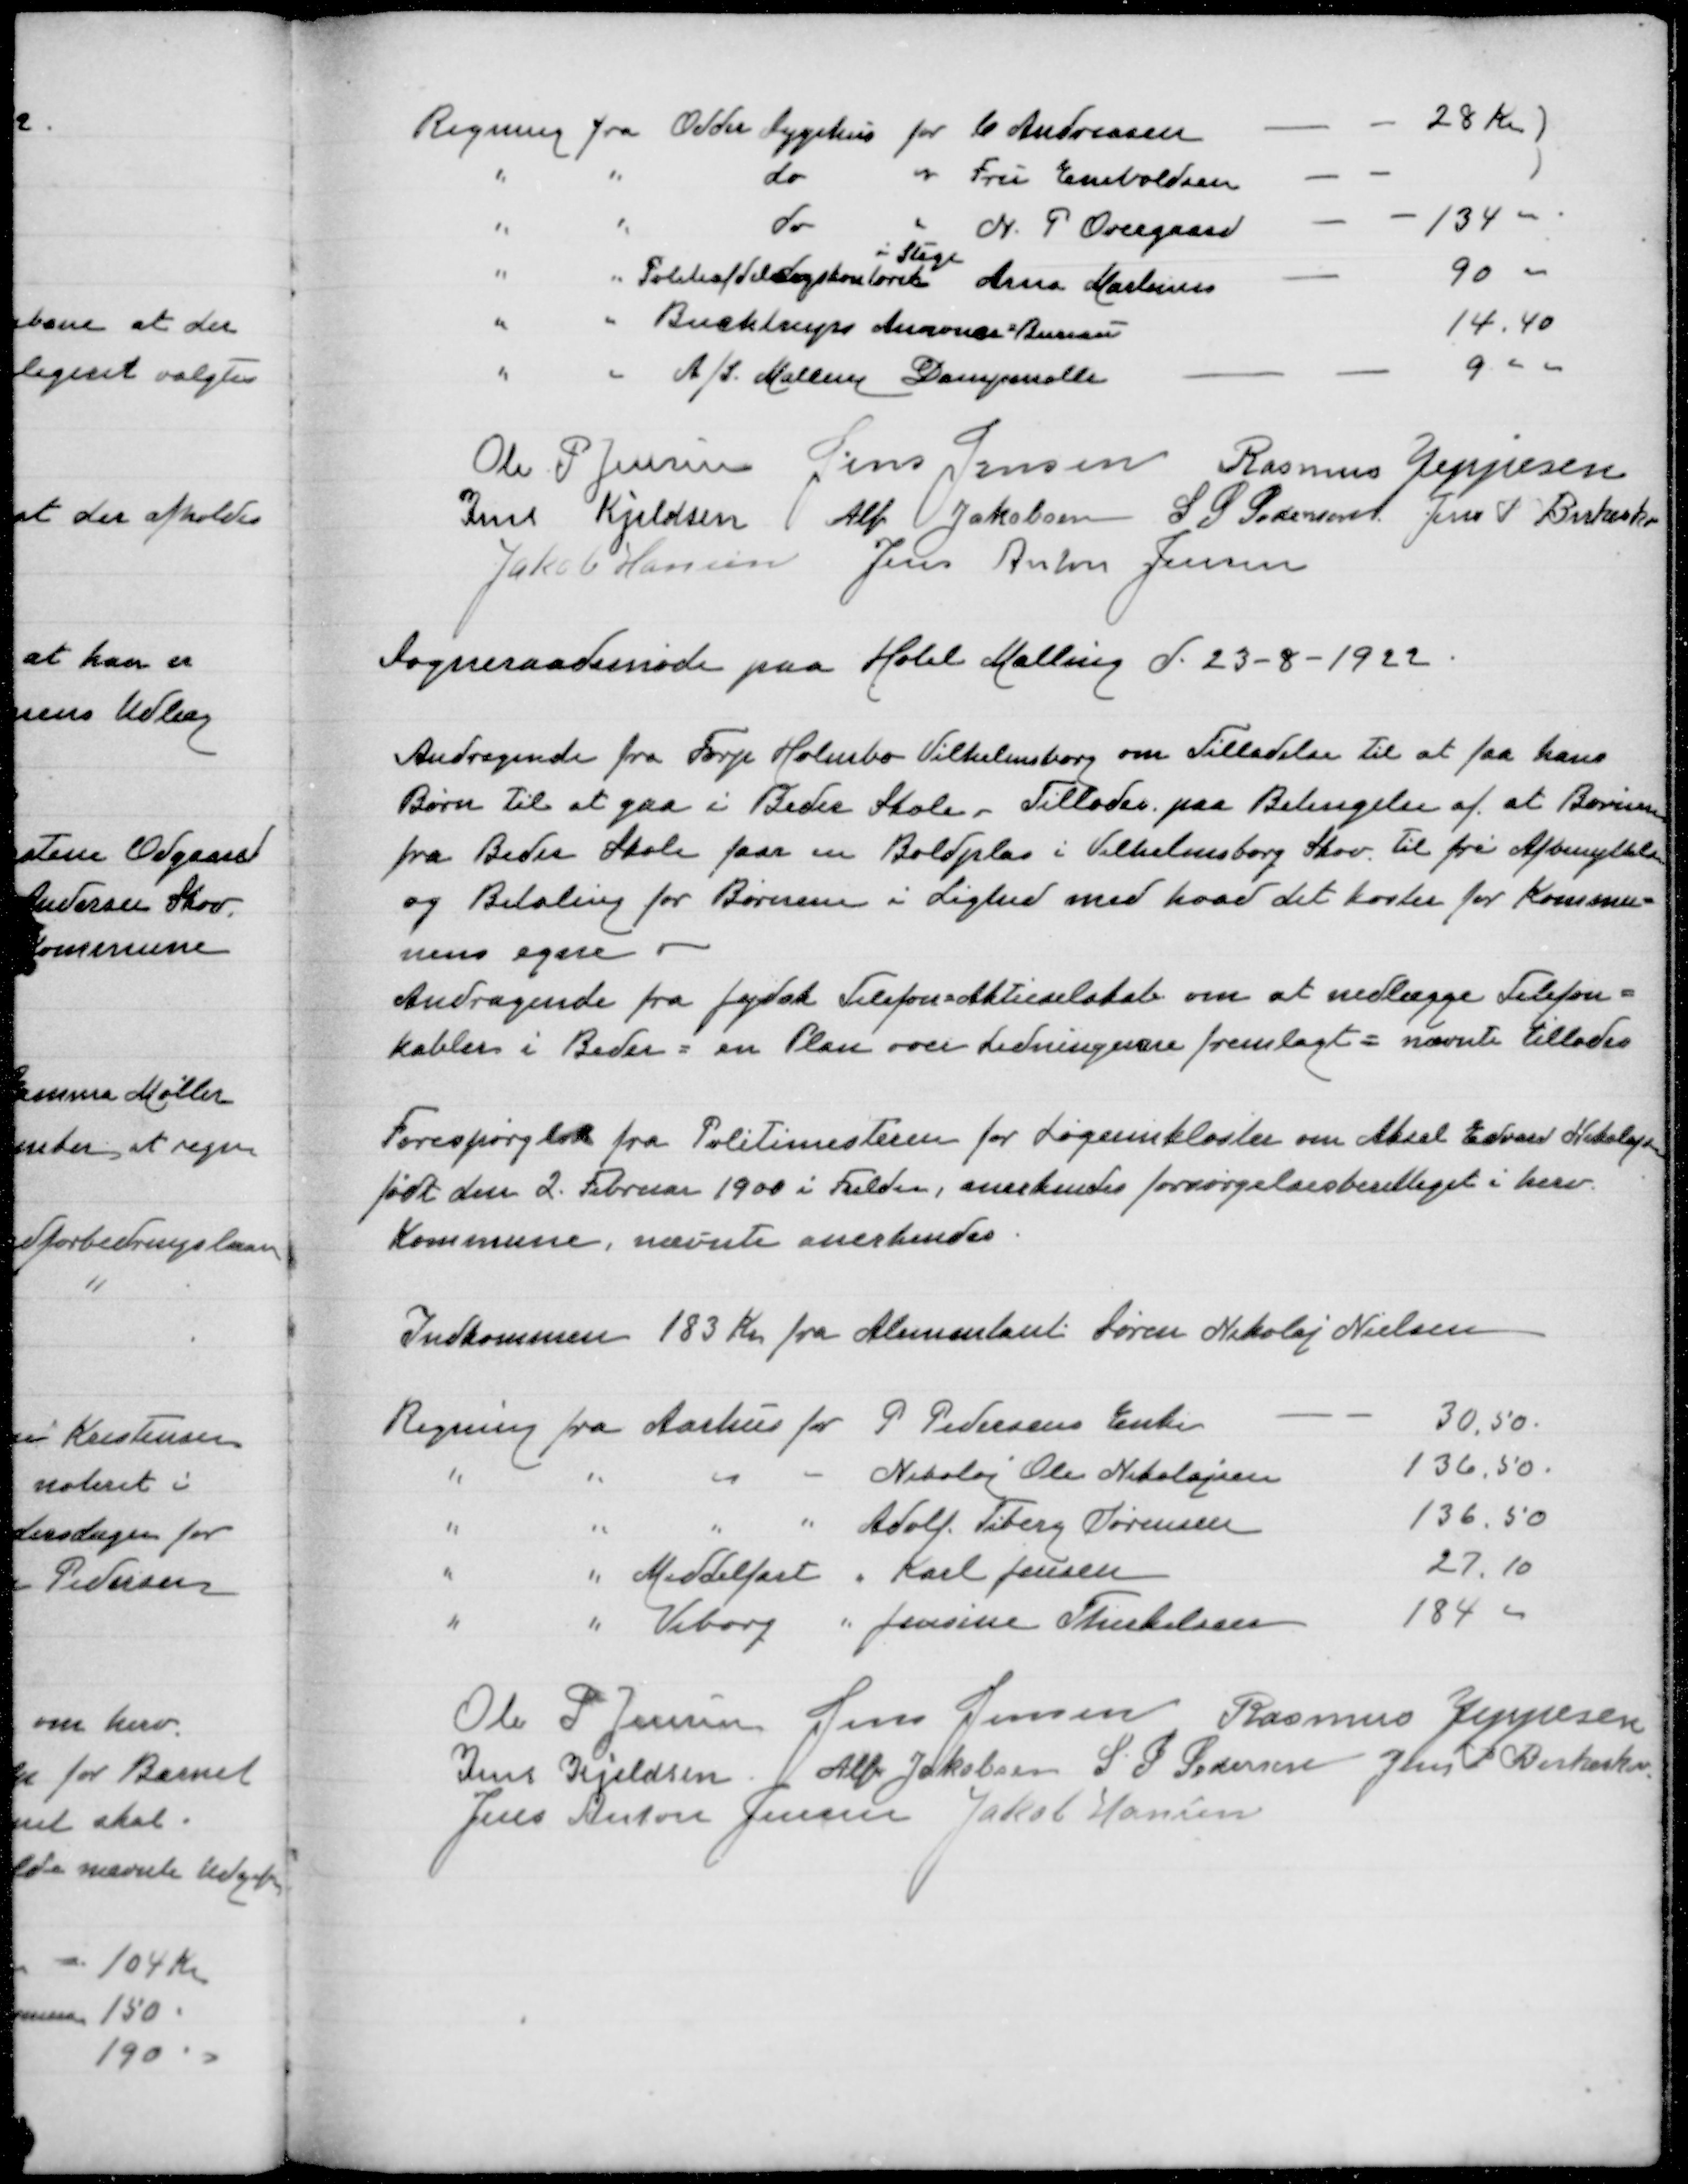
Transskription:
Regning fra Odder Sygehus for C Andreasen
28 Kr
" " do " Fru Enevoldsen
" " do " N P Overgaard
134,00
i Stige
" " Politiafdelingskontoret Arne Martinsen
90,00
" " Bucktrups Annonce-Bureau
14,40
" " A/S Malling Dampmølle
9,00

Ole P Jensen
Jens Jensen
Rasmus Jeppesen
Jens Kjeldsen
Alfr Jakobsen
S P Pedersen
Jens P Birkeskov
Jakob Hansen
Jens Anton Jensen

Sogneraadsmøde paa Hotel Malling d 23-8-1922

Andragende fra Forp Holmbo Vilhelmsborg om Tilladelse til at faa hans
Børn til at gaa i Beder Skole, Tillades paa Betingelse af at Børnene
fra Beder Skole faar en Boldplads i Vilhelmsborg Skov til fri Afbenyttelse
og Betaling for Børnene i Lighed med hvad det koster for Kommu=
nens egne
Andragende fra Jydsk Telefonaktieselskab om at udlægge Telefon=
kabler i Beder = en Plan over Ledningerne fremlagt = nævnte tillades

Forespørgsel fra Politimesteren for Løgumkloster om Aksel Edvard Nikolajsen
født den 2. Februar 1900 i Fulden, anerkendes forsørgelsesberettiget i herv
Kommune, nævnte anerkendes

Indkommen 183 Kr fra Alumenlant Søren Nikolaj Nielsen

Regning fra Aarhus for P Pedersens Enke
30,50
" " " " Nikolaj Ole Nikolajsen
136,50
" " " " Adolf Tiberg Sørensen
136,50
" " Middelfart " Karl Jensen
27,10
" " Viborg " Jensine Therkelsen
184,00

Ole P Jensen
Jens Jensen
Rasmus Jeppesen
Jens Kjeldsen
Alfr Jakobsen
S P Pedersen
Jens P birkeskov
Jens Anton Jensen
Jakob Hansen